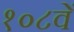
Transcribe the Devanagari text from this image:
१०८वें